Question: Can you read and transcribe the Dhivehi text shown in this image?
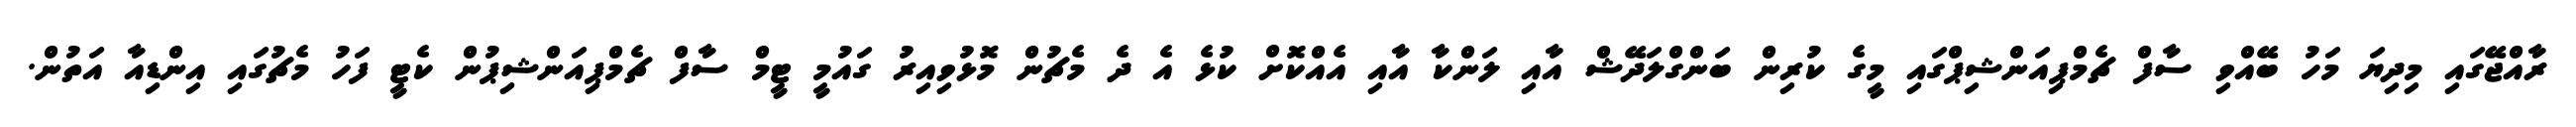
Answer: ރާއްޖޭގައި މިދިޔަ މަހު ބޭއްވި ސާފް ޗެމްޕިއަންޝިޕްގައި މީގެ ކުރިން ބަންގްލަދޭޝް އާއި ލަންކާ އާއި އެއްކޮށް ކުޅެ އެ ދެ މެޗުން މޮޅުވިއިރު ގައުމީ ޓީމް ސާފް ޗެމްޕިއަންޝިޕުން ކެޓީ ފަހު މެޗުގައި އިންޑިއާ އަތުން.